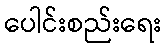
ပေါင်းစည်းရေး